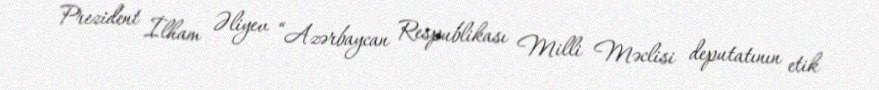
Prezident İlham Əliyev “Azərbaycan Respublikası Milli Məclisi deputatının etik